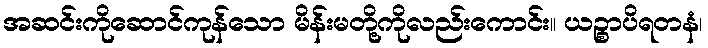
အဆင်းကိုဆောင်ကုန်သော မိန်းမတို့ကိုလည်းကောင်း။ ယဉ္စာပိရတနံ၊